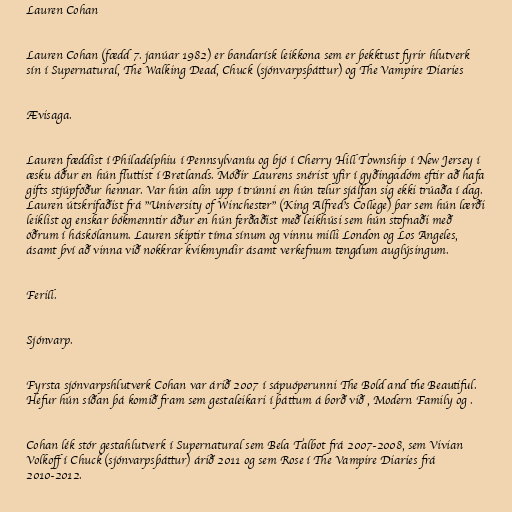
Lauren Cohan

Lauren Cohan (fædd 7. janúar 1982) er bandarísk leikkona sem er þekktust fyrir hlutverk
sín í Supernatural, The Walking Dead, Chuck (sjónvarpsþáttur) og The Vampire Diaries

Ævisaga.

Lauren fæddist í Philadelphiu í Pennsylvaníu og bjó í Cherry Hill Township í New Jersey í
æsku áður en hún fluttist í Bretlands. Móðir Laurens snérist yfir í gyðingadóm eftir að hafa
gifts stjúpföður hennar. Var hún alin upp í trúnni en hún telur sjálfan sig ekki trúaða í dag.
Lauren útskrifaðist frá "University of Winchester" (King Alfred's College) þar sem hún lærði
leiklist og enskar bókmenntir áður en hún ferðaðist með leikhúsi sem hún stofnaði með
öðrum í háskólanum. Lauren skiptir tíma sínum og vinnu milli London og Los Angeles,
ásamt því að vinna við nokkrar kvikmyndir ásamt verkefnum tengdum auglýsingum.

Ferill.

Sjónvarp.

Fyrsta sjónvarpshlutverk Cohan var árið 2007 í sápuóperunni The Bold and the Beautiful.
Hefur hún síðan þá komið fram sem gestaleikari í þáttum á borð við , Modern Family og .

Cohan lék stór gestahlutverk í Supernatural sem Bela Talbot frá 2007-2008, sem Vivian
Volkoff í Chuck (sjónvarpsþáttur) árið 2011 og sem Rose í The Vampire Diaries frá
2010-2012.